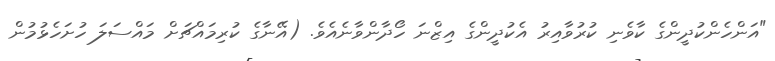
"އަންހެންކުދީންގެ ކާވެނި ކުރުވާއިރު އެކުދީންގެ އިޒްނަ ހޯދާންވާނެއެވެ. (އޭނާގެ ކުރިމައްޗަށް މައްސަލަ ހުށަހެޅުމުން